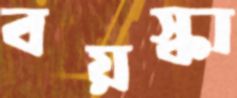
বয়স্কা